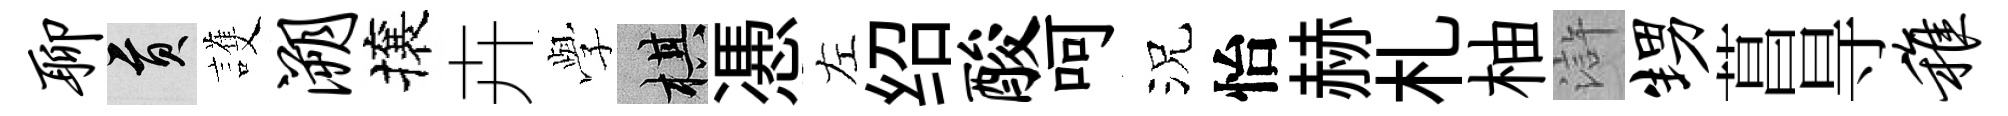
聊貢護溯攘卉𫝯棋慿左绍酸呵況怡赫札柚滸甥菖㝵稚